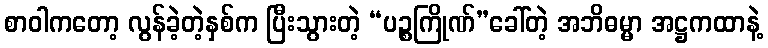
စာဝါကတော့ လွန်ခဲ့တဲ့နှစ်က ပြီးသွားတဲ့ “ပဉ္စကြိုဏ်”ခေါ်တဲ့ အဘိဓမ္မာ အဋ္ဌကထာနဲ့